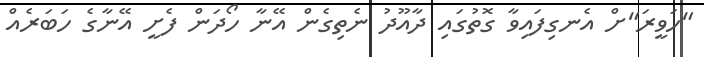
"ހަވީރަ"ށް އެނގިފައިވާ ގޮތުގައި ދާއޫދު ނެތިގެން އޭނާ ހޯދަން ފެށީ އޭނާގެ ހަބަރެއް